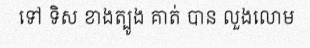
ទៅ ទិស ខាងត្បូង គាត់ បាន លួងលោម